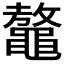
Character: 𪓴